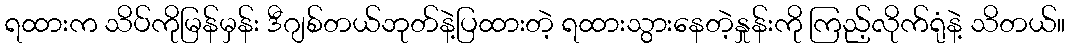
ရထားက သိပ်ကိုမြန်မှန်း ဒီဂျစ်တယ်ဘုတ်နဲ့ပြထားတဲ့ ရထားသွားနေတဲ့နှုန်းကို ကြည့်လိုက်ရုံနဲ့ သိတယ်။